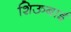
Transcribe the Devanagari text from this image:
शिऊबाई